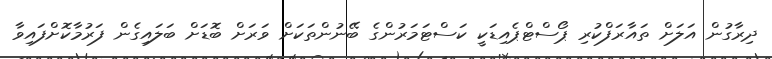
ދިރާގުން އަލަށް ތައާރަފްކުރި ޕޯސްޓްޕެއިޑަކީ ކަސްޓަމަރުންގެ ބޭނުންތަކަށް ވަރަށް ބޮޑަށް ބަލައިގެން ފަރުމާކޮށްފައިވާ